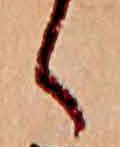
く